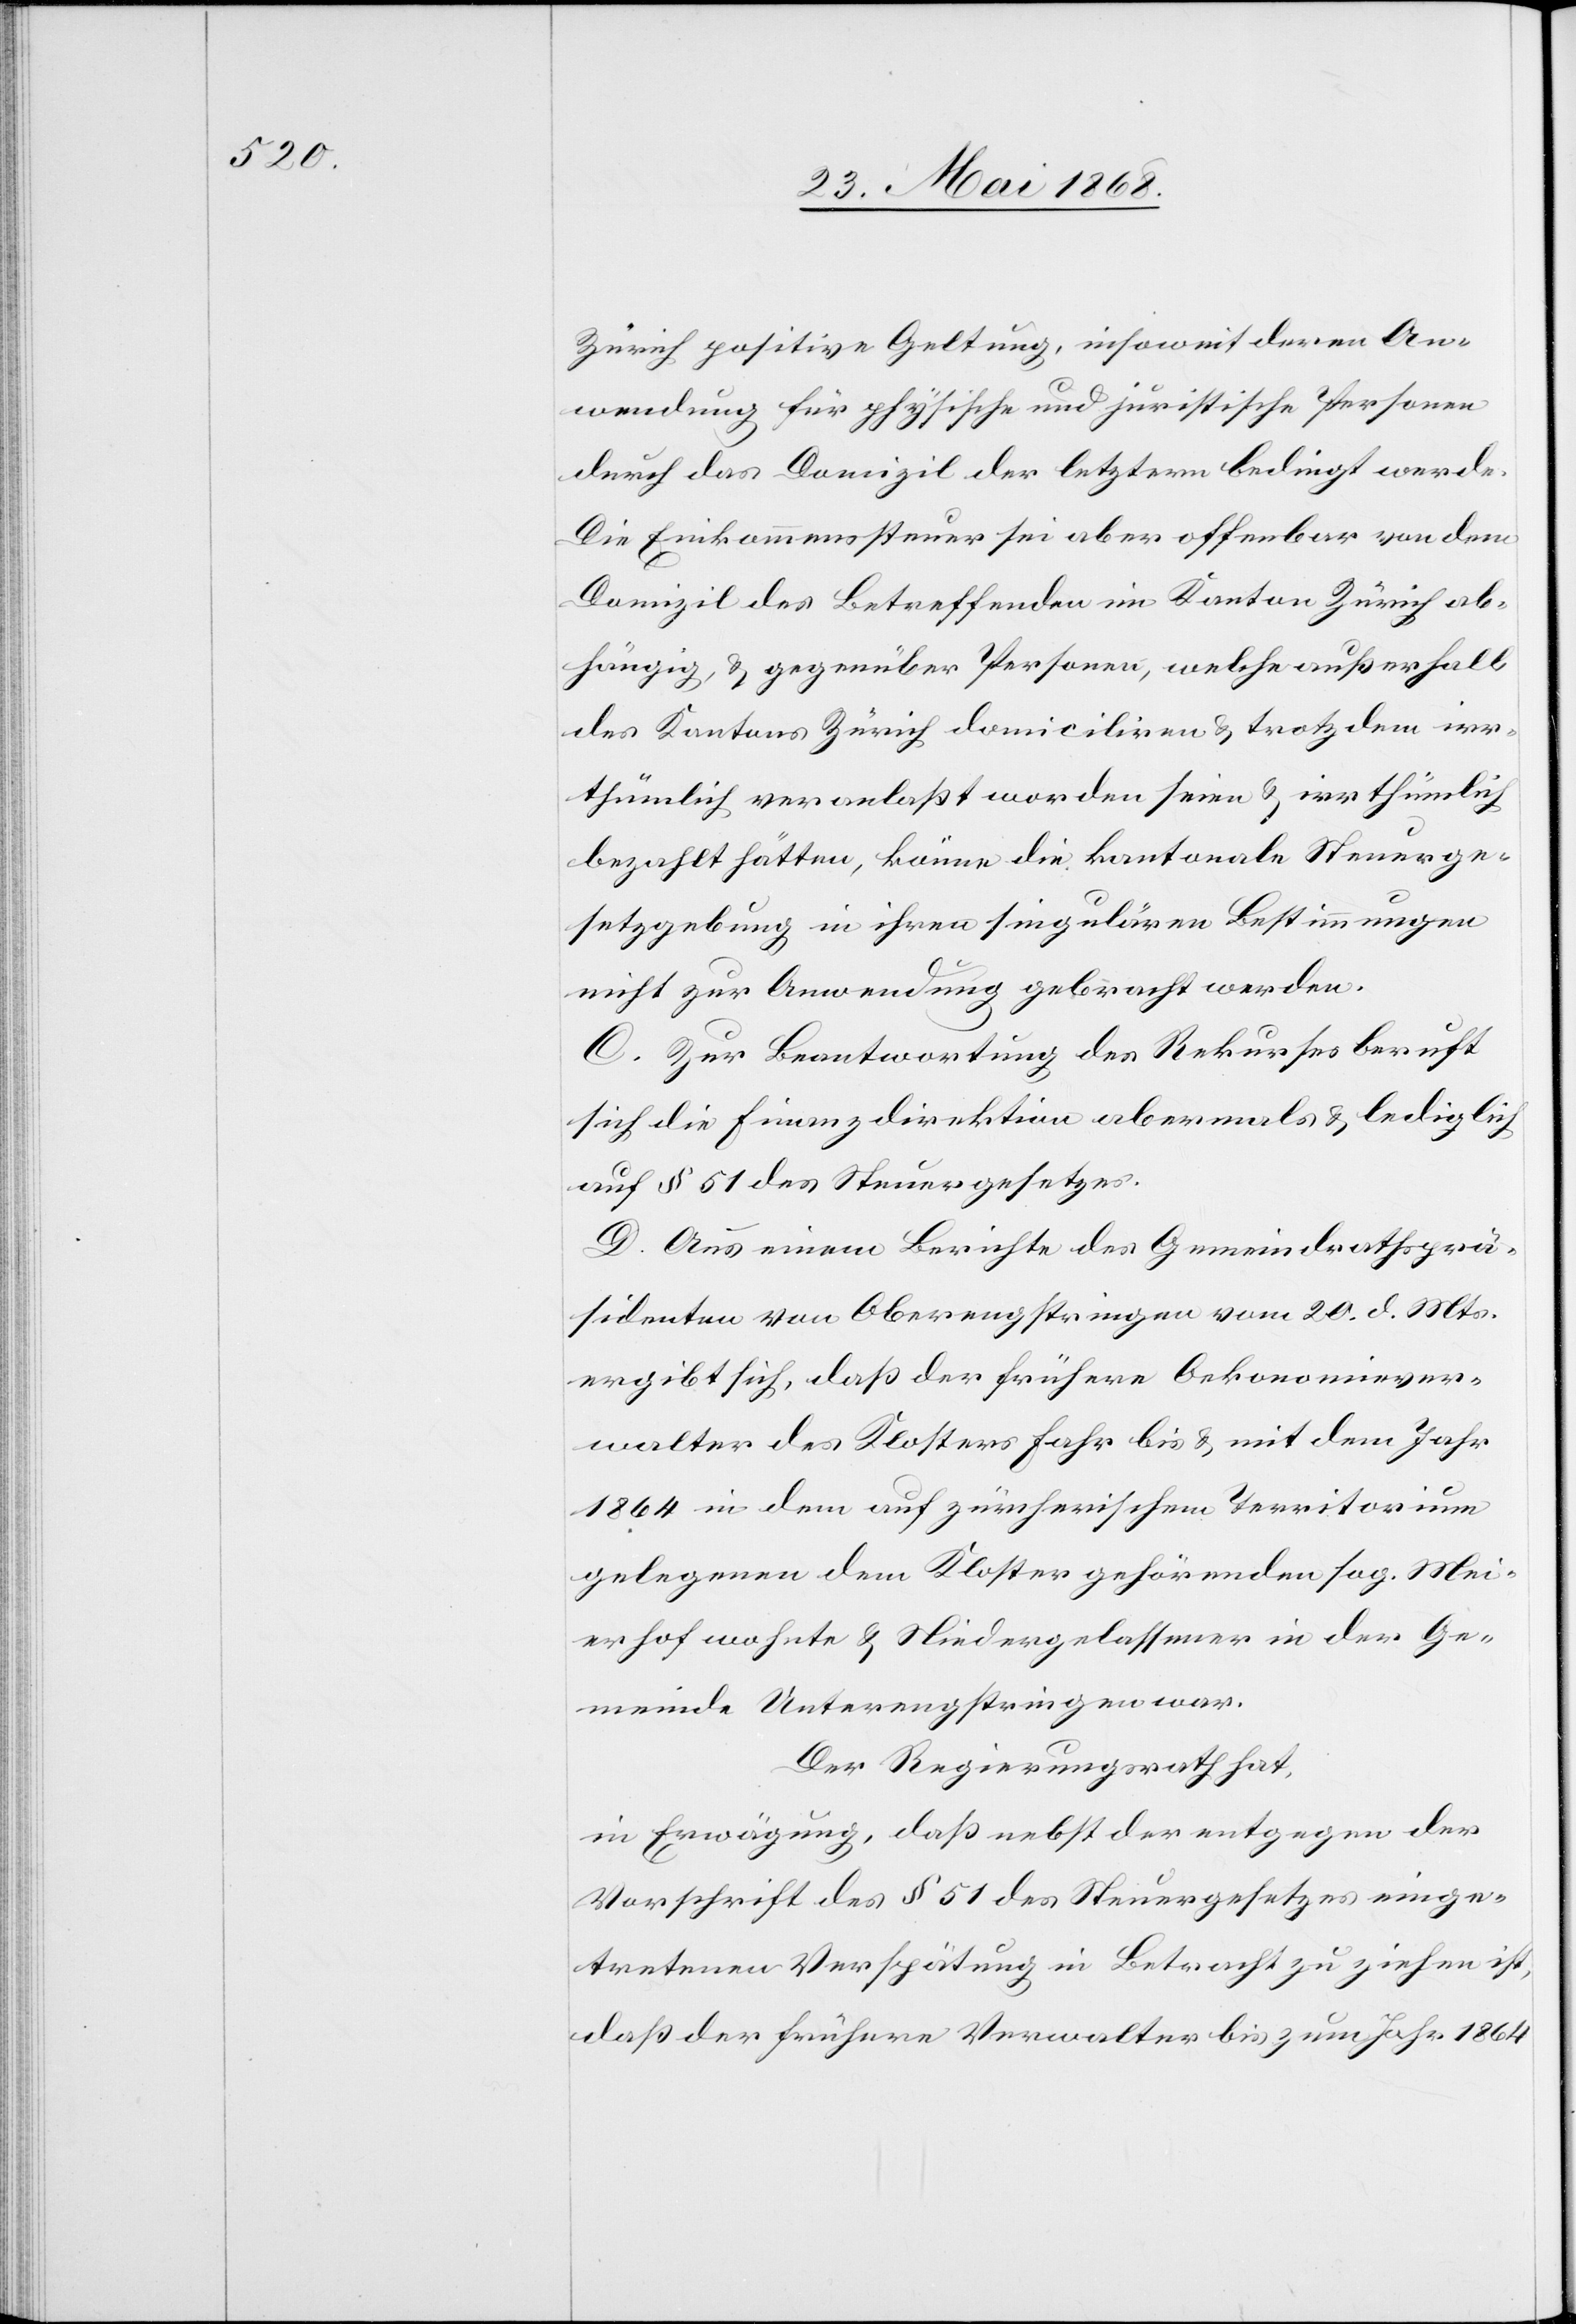
Zürich positive Geltung, insoweit deren An¬
wendung für physische und juristische Personen
durch das Domizil der letztern bedingt werde.
Die Einkommenssteuer sei aber offenbar von dem
Domizil des Betreffenden im Kanton Zürich ab¬
hängig, & gegenüber Personen, welche außerhalb
des Kantons Zürich domiciliren & trotzdem irr¬
thümlich veranlaßt worden seien & irrthümlich
bezahlt hätten, könne die kantonale Steuerge¬
setzgebung in ihren singulären Bestimmungen
nicht zur Anwendung gebracht werden.
C. Zur Beantwortung des Rekurses beruft
sich die Finanzdirektion abermals & lediglich
auf § 51 des Steuergesetzes.
D. Aus einem Berichte des Gemeindrathsprä¬
sidenten von Oberengstringen vom 20. d. Mts.
ergibt sich, daß der frühere Oekonomiever¬
walter des Klosters Fahr bis & mit dem Jahr
1864 in dem auf zürcherischem Territorium
gelegenen dem Kloster gehörenden sog. Mei¬
erhof wohnte & Niedergelassener in der Ge¬
meinde Unterengstringen war.
Der Regierungsrath hat,
in Erwägung, daß nebst der entgegen der
Vorschrift des § 51 des Steuergesetzes einge¬
tretenen Verspätung in Betracht zu ziehen ist,
daß der frühere Verwalter bis zum Jahr 1864